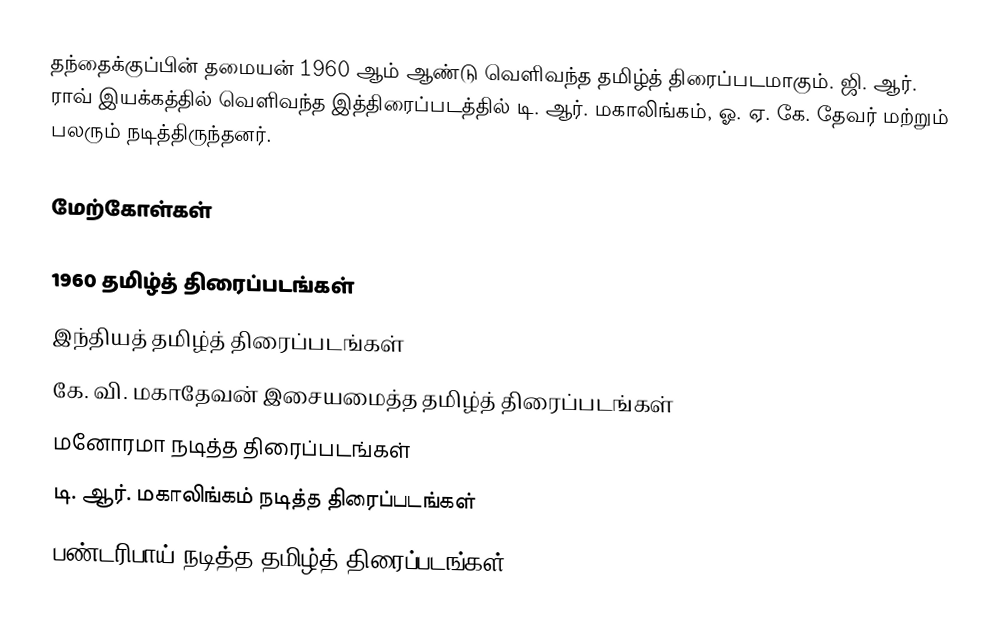
தந்தைக்குப்பின் தமையன் 1960 ஆம் ஆண்டு வெளிவந்த தமிழ்த் திரைப்படமாகும். ஜி. ஆர். ராவ் இயக்கத்தில் வெளிவந்த இத்திரைப்படத்தில் டி. ஆர். மகாலிங்கம், ஓ. ஏ. கே. தேவர் மற்றும் பலரும் நடித்திருந்தனர்.

மேற்கோள்கள்

1960 தமிழ்த் திரைப்படங்கள்
இந்தியத் தமிழ்த் திரைப்படங்கள்
கே. வி. மகாதேவன் இசையமைத்த தமிழ்த் திரைப்படங்கள்
மனோரமா நடித்த திரைப்படங்கள்
டி. ஆர். மகாலிங்கம் நடித்த திரைப்படங்கள்
பண்டரிபாய் நடித்த தமிழ்த் திரைப்படங்கள்